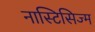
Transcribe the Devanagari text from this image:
नास्टिसिज्म